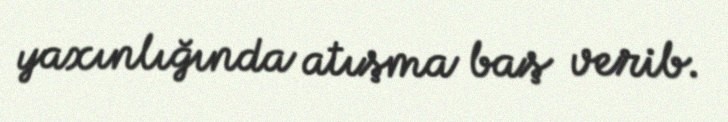
yaxınlığında atışma baş verib.